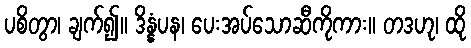
ပစိတွာ၊ ချက်၍။ ဒိန္နံပန၊ ပေးအပ်သောဆီကိုကား။ တဒဟု၊ ထို